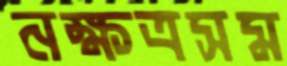
নক্ষত্রসম